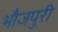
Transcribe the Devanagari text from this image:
भौजपुरी